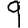
Digit: 9